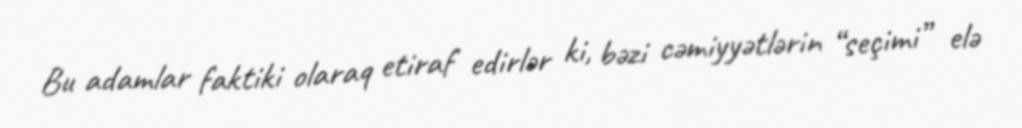
Bu adamlar faktiki olaraq etiraf edirlər ki, bəzi cəmiyyətlərin “seçimi” elə